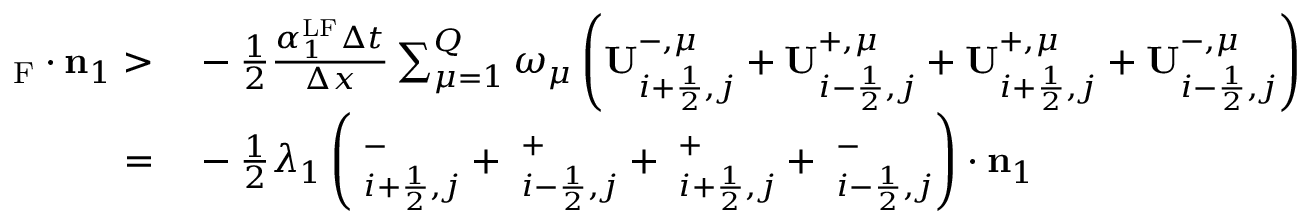
\begin{array} { r l } { { \bf \Pi } _ { \mathrm { { { F } } } } \cdot \mathbf { n } _ { 1 } > } & { { } - \frac { 1 } { 2 } \frac { \alpha _ { 1 } ^ { \mathrm { { L F } } } \Delta t } { \Delta x } \sum _ { \mu = 1 } ^ { Q } \omega _ { \mu } \left( \mathbf { U } _ { i + \frac { 1 } { 2 } , j } ^ { - , \mu } + \mathbf { U } _ { i - \frac { 1 } { 2 } , j } ^ { + , \mu } + \mathbf { U } _ { i + \frac { 1 } { 2 } , j } ^ { + , \mu } + \mathbf { U } _ { i - \frac { 1 } { 2 } , j } ^ { - , \mu } \right) \cdot \mathbf { n } _ { 1 } } \\ { = } & { { } - \frac { 1 } { 2 } \lambda _ { 1 } \left( { \bf \Pi } _ { i + \frac { 1 } { 2 } , j } ^ { - } + { \bf \Pi } _ { i - \frac { 1 } { 2 } , j } ^ { + } + { \bf \Pi } _ { i + \frac { 1 } { 2 } , j } ^ { + } + { \bf \Pi } _ { i - \frac { 1 } { 2 } , j } ^ { - } \right) \cdot \mathbf { n } _ { 1 } } \end{array}